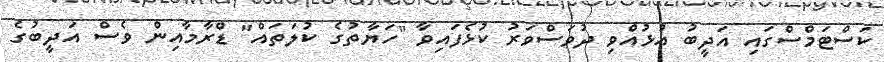
ކަސްޓަމްސްގައި އަދީބު އުޅުއްވި ދުވަސްވަރު ކުޅެފައިވާ "ހަޔާތުގެ ކުލަތައް" ޑްރާމާއިން ވެސް އަދީބުގެ